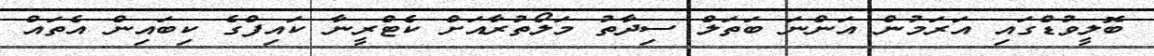
ބޮލީވުޑްގައި އަރަމުން އަންނަ ބަތަލް ސިދާތު މަލޯތުރާއަށް ކެޓްރީނާ ކައިފްގެ ކިބައިން އެތައް